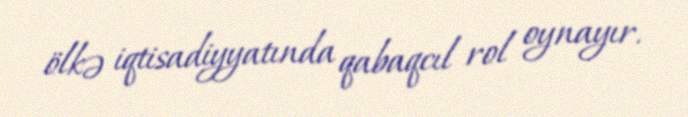
ölkə iqtisadiyyatında qabaqcıl rol oynayır.